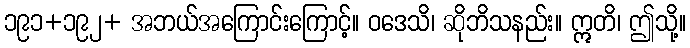
၁၉၁+၁၉၂+ အဘယ်အကြောင်းကြောင့်။ ဝဒေသိ၊ ဆိုဘိသနည်း။ ဣတိ၊ ဤသို့။